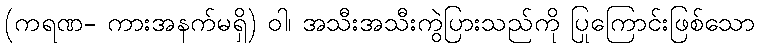
(ကရဏ- ကားအနက်မရှိ) ဝါ၊ အသီးအသီးကွဲပြားသည်ကို ပြုကြောင်းဖြစ်သော